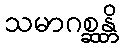
သမာဂစ္ဆန္တိ